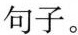
句子。